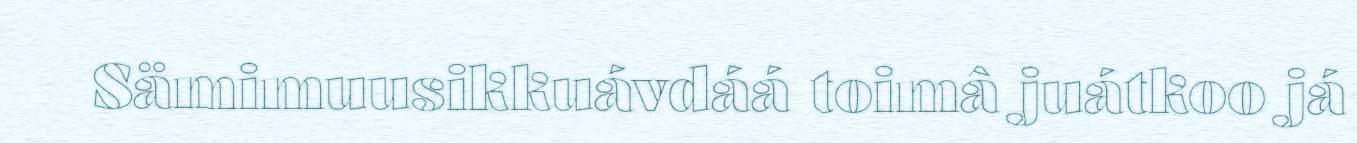
Sämimuusikkuávdáá toimâ juátkoo já